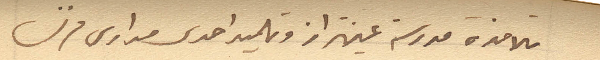
تلامذة مدرسة عينتراز وتلميذ احدى مدارس فرنسا